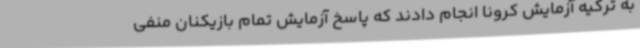
به ترکیه آزمایش کرونا انجام دادند که پاسخ آزمایش تمام بازیکنان منفی